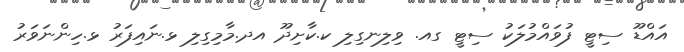
އައްޑޫ ސިޓީ ފުވައްމުލަކު ސިޓީ ގއ. ވިލިނގިލި ކ.ކާށިދޫ އދ.މާމިގިލި ޅ.ނައިފަރު ޅ.ހިންނަވަރު